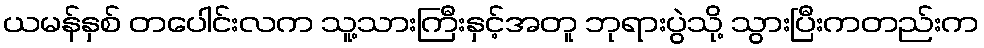
ယမန်နှစ် တပေါင်းလက သူ့သားကြီးနှင့်အတူ ဘုရားပွဲသို့ သွားပြီးကတည်းက